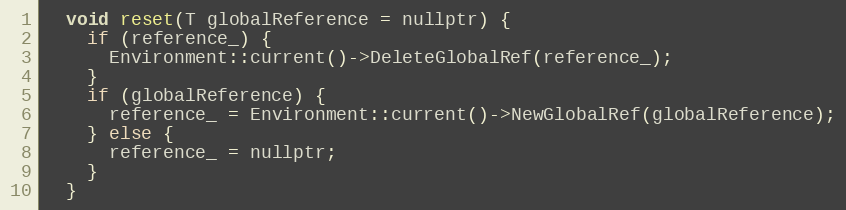
Language: C
  void reset(T globalReference = nullptr) {
    if (reference_) {
      Environment::current()->DeleteGlobalRef(reference_);
    }
    if (globalReference) {
      reference_ = Environment::current()->NewGlobalRef(globalReference);
    } else {
      reference_ = nullptr;
    }
  }